Report on vaccination in Madras 1904-1921 - 1904-1921
Year: 1904
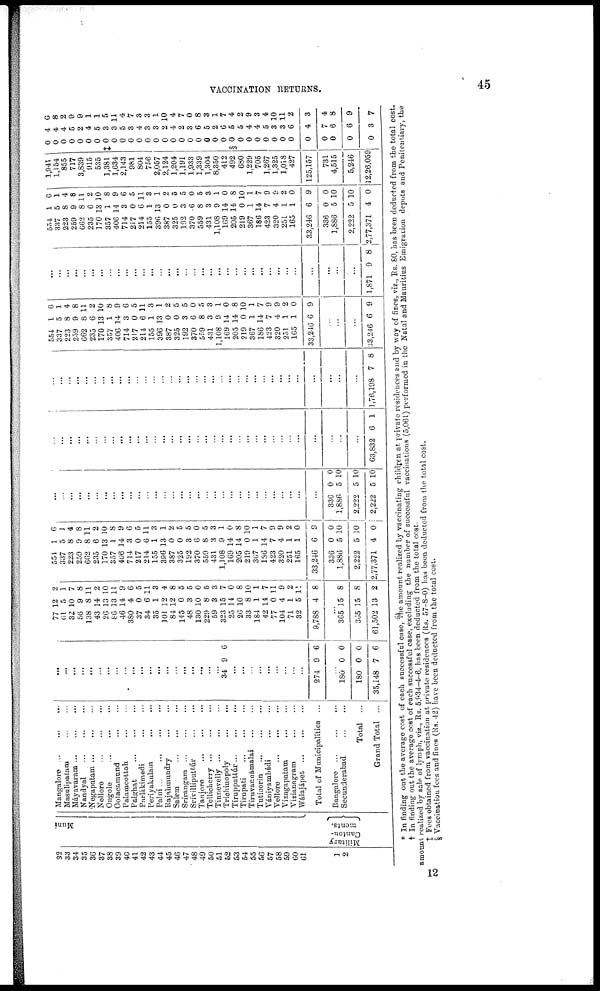
VACCINATION RETURNS.
45
32
33
34
35
36
37
38
39
40
41
42
43
44
45
46
47
48
49
50
51
52
53
54
55
56
57
58
59
60
61
1
2
Muni
Military
Canton-
ments.
Mangalore
...
...
...
Masulipatam
...
...
Mayavaram
...
...
...
Nandyal
...
...
...
Negapatam ... ... ...
Nellore ... ... ...
Ongole
...
...
...
Ootacamund
...
...
...
Palamcottah
...
...
Palghat
...
...
...
Parlákimedi
...
...
Periyakulaua
...
...
Palni
...
...
...
Rajahmundry
...
...
Salem ... ... ...
Srírangam
...
...
...
Srívillipattúr
...
...
Tanjore ... ... ...
Tellicherry
...
...
...
Tinnevelly
...
...
...
Trichinopoly
...
...
...
Tiruppattúr ...
...
...
Tirupati
...
...
...
Tiruvanuámalai
...
...
Tuticorin
...
...
...
Vániyambádi ... ... ...
Vellore
...
...
...
Vizagapatam
...
...
Vizianagram
...
...
Wálajápet
...
...
...
Total of Municipalities ...
Bangalore
...
...
...
Secunderabad
...
...
Total ...
Grand Total ...
...
...
...
...
...
...
...
...
...
...
...
...
...
...
...
...
...
...
...
...
34 9 6
...
...
...
...
...
...
...
...
...
274 9 6
...
180
180
35,148
0
0
7
0
0
6
77
6l
32
56
138
43
26
86
46
380
37
34
35
101
84
145
48
130
229
59
323
25
26
33
184
42
77
104
71
32
9,788
12
5
10
9
8
14
13
13
14
4
0
6
1
12
12
0
3
10
8
3
15
14
10
8
1
14
0
4
1
5
4
2
1
7
8
11
2
10
11
9
6
5
11
3
4
8
5
5
0
5
3
7
0
8
10
1
7
11
9
2
11
8
...
365
365
61,502
15
15
13
8
8
2
551
337
223
259
662
235
170
357
406
714
217
214
155
396
387
325
192
370
559
431
1,108
169
205
219
367
136
423
320
251
165
33,246
336
1,886
2,222
2,77,371
1
5
8
9
8
6
13
1
14
3
0
6
1
13
0
0
3
6
8
3
9
14
14
0
1
14
7
4
1
1
6
0
5
5
4
6
1
4
8
11
2
10
8
9
6
5
11
3
1
2
5
5
0
5
3
1
0
8
10
1
7
9
9
2
0
9
0
10
10
0
...
...
...
...
...
...
...
...
...
...
...
...
...
...
...
...
...
...
...
...
...
...
...
...
...
...
...
...
...
...
...
336
1,886
2,222
2,222
0
5
5
5
0
10
10
10
...
...
...
...
...
...
...
...
...
...
...
...
...
...
...
...
...
...
...
...
...
...
...
...
...
...
...
...
...
...
...
...
...
...
63,832 6 1
...
...
...
...
...
...
...
...
...
...
...
...
...
...
...
...
...
...
...
...
...
...
...
...
...
...
...
...
...
...
...
...
...
...
1,76,198 7 8
554
337
223
259
662
235
170
357
406
714
217
214
155
396
387
325
192
370
559
431
1,108
169
205
219
367
186
423
320
251
165
33,216
1
5
8
9
8
6
13
1
14
3
0
6
1
13
0
0
3
6
8
3
9
14
14
0
1
14
7
4
1
1
6
6
1
4
8
11
2
10
8
9
6
5
11
3
1
2
5
5
0
5
3
1
0
8
10
1
7
9
9
2
0
9
...
...
...
33,246 6 9
...
...
...
...
...
...
...
...
...
...
...
...
...
...
...
...
...
...
...
...
...
...
...
...
...
...
...
...
...
...
...
...
...
...
1,871 9 8
554
337
223
259
662
235
170
357
406
714
217
214
155
396
387
325
192
370
559
431
1,108
169
205
219
367
186
423
320
251
165
33,246
336
1,886
2,222
2,77,371
1
5
8
9
8
6
13
1
14
3
0
6
1
13
0
0
3
6
8
3
9
14
14
0
1
14
7
4
1
1
6
0
5
5
4
6
1
4
8
11
2
10
8
9
6
5
11
3
1
2
5
5
0
5
3
1
0
8
10
1
7
9
9
2
0
9
0
10
10
0
1,941
1,154
855
717
3,839
915
535
1,381
1,634
2,143
981
804
756
2,957
2,124
1,204
1,191
1,933
1,339
1,304
8,350
412
492
680
1,229
705
1,267
1,325
1,018
427
125,157
731
4,515
5,246
12,26,059
0
0
0
0
0
0
0
‡0
0
0
0
0
0
0
0
0
0
0
0
0
0
0
§0
0
0
0
0
0
0
0
0
0
0
0
0
4
4
4
5
2
4
5
3
3
5
3
4
3
3
2
4
2
3
6
5
2
6
5
5
4
4
5
3
3
6
4
7
6
6
3
6
8
2
9
9
1
1
5
11
4
7
3
3
1
10
4
7
0
8
8
1
7
4
2
9
3
4
10
11
2
3
4
8
9
7
* In finding out the average cost of each successful case, the amount realized by vaccinating children at private residences and by way of fines, viz., Rs. 80, has been deducted from the total cost.
† In finding out the average cost of each successful case, excluding the number of successful vaccinations (5,061) performed in the Natal and Mauritius Emigration depots and Penitentiary, the
amount realized by sale of lymph, viz., Rs. 5,934-4-6, has been deducted from the total cost.
‡ Fees obtained from vaccination at private residences (Its. 57-8-0) has been deducted from the total cost.
§ Vaccination fees and flues (Rs. 42) have been deducted from the total cost.
12